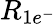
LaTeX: R_{1e^{-}}